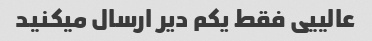
عالییی فقط یکم دیر ارسال میکنید